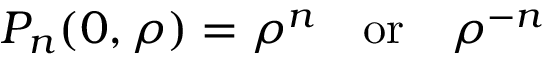
P _ { n } ( 0 , \rho ) = \rho ^ { n } \, \, \, \, \, \, \mathrm { o r } \, \, \, \, \, \, \rho ^ { - n }